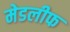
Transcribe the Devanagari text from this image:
मेडलीफ